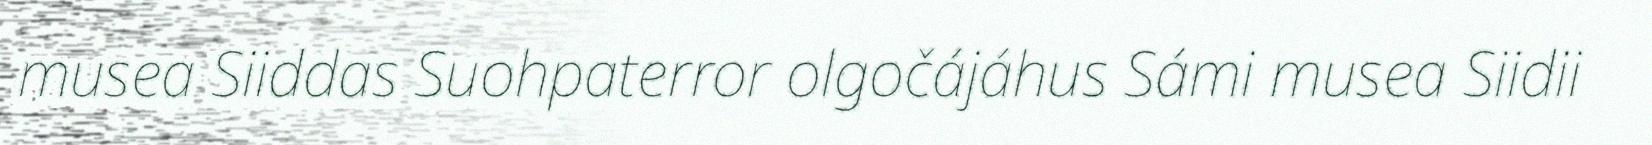
musea Siiddas Suohpaterror olgočájáhus Sámi musea Siidii